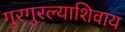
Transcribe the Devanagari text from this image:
गुरगुरल्याशिवाय